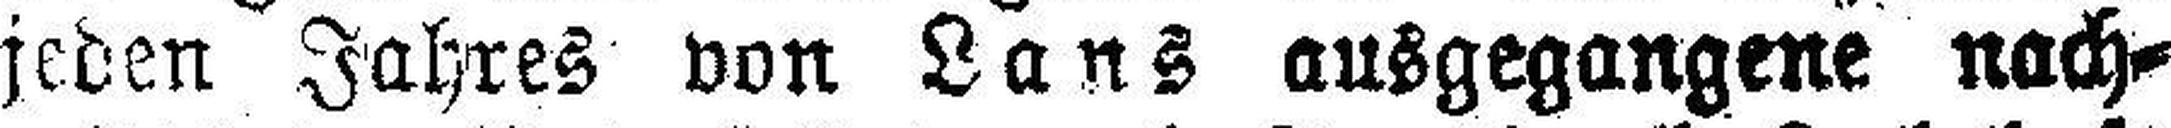
jeden Jahres von Lans ausgegangene nach¬